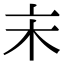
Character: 𠅅